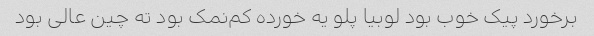
برخورد پیک خوب بود لوبیا پلو یه خورده کم‌نمک بود ته چین عالی بود